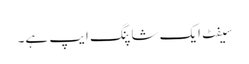
سیفٹ ایک شاپنگ ایپ ہے۔